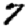
Digit: 7